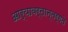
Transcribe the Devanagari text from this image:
आर्यावर्तान्तर्गते